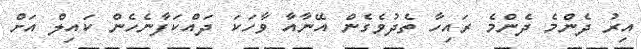
އިރު ދެންމެ ދެންމެ ރައިހާ ތެދުވެގެން އޭނާއާ ވާހަކަ ދައްކަފާނެހެން ކައިލް އަށް